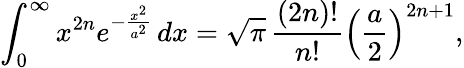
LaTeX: \int_{0}^{\infty}x^{2n}e^{-{\frac{x^{2}}{a^{2}}}}\, dx={\sqrt{\pi}}\, {\frac{(2n)!}{n!}}\left({\frac{a}{2}}\right)^{2n+1},